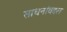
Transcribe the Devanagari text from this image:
साधनांबद्दल